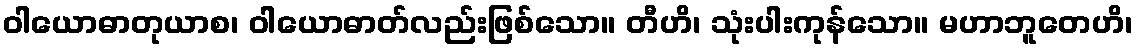
ဝါယောဓာတုယာစ၊ ဝါယောဓာတ်လည်းဖြစ်သော။ တီဟိ၊ သုံးပါးကုန်သော။ မဟာဘူတေဟိ၊